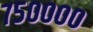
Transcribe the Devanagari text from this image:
७५००००